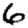
Digit: 6